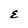
Character: E